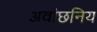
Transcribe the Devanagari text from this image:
अवांछनिय